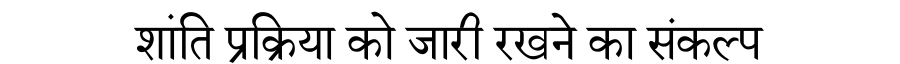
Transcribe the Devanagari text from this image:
शांति प्रक्रिया को जारी रखने का संकल्प